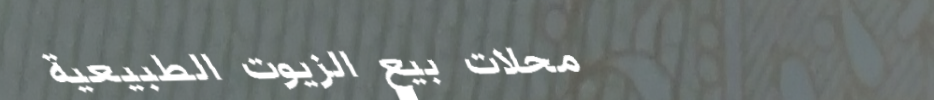
محلات بيع الزيوت الطبيعية